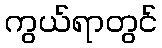
ကွယ်ရာတွင်